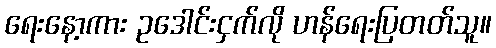
ရေးနော့ကား ဥဒေါင်းငှက်လို ဟန်ရေးပြတတ်သူ။